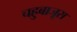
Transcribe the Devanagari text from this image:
चहुबाजूस